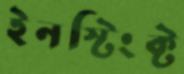
ইনস্টিংক্ট